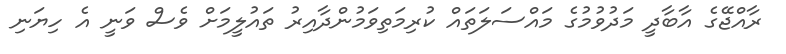
ރާއްޖޭގެ އާބާދީ މަދުވުމުގެ މައްސަލަތައް ކުރިމަތިވަމުންދާއިރު ތައުލީމަށް ވެސް ވަނީ އެ ހިޔަނި